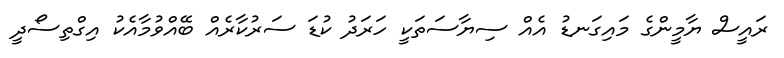
ރައީސް ޔާމީންގެ މައިގަނޑު އެއް ސިޔާސަތަކީ ހަރަދު ކުޑަ ސަރުކާރެއް ބޭއްވުމާއެކު އިގްތިސޯދީ